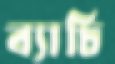
ব্যাচি